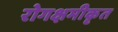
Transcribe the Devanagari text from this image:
रोगक्षमीकृत